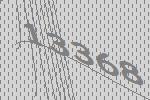
13368